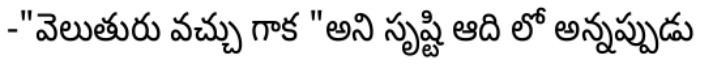
-"వెలుతురు వచ్చు గాక "అని సృష్టి ఆది లో అన్నప్పుడు